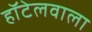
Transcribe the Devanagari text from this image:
हॉटेलवाला